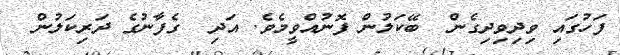
ފަހުގައި ވިދިވިދިގެން  ބޭކަލުން ފޮނުއްވީމެވެ. އަދި  ގެފާނުގެ ދަރިކަލުން